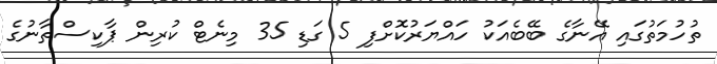
ތުހުމަތުގައި އޭނާގެ ބޭބެއަކު ހައްޔަރުކޮށްފި 5 ގަޑި 35 މިނެޓް ކުރިން ޕާކިސްތާނުގެ